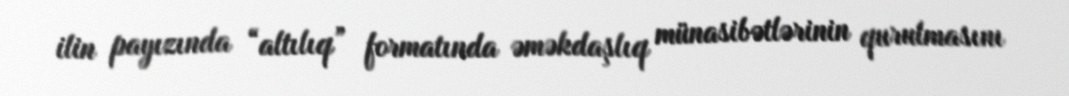
ilin payızında “altılıq” formatında əməkdaşlıq münasibətlərinin qurulmasını